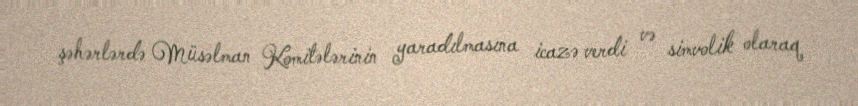
şəhərlərdə Müsəlman Komitələrinin yaradılmasına icazə verdi və simvolik olaraq